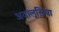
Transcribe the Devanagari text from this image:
अदालूसिया